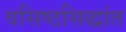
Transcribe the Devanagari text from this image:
वसिष्ठसिद्धांत